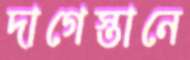
দাগেস্তানে